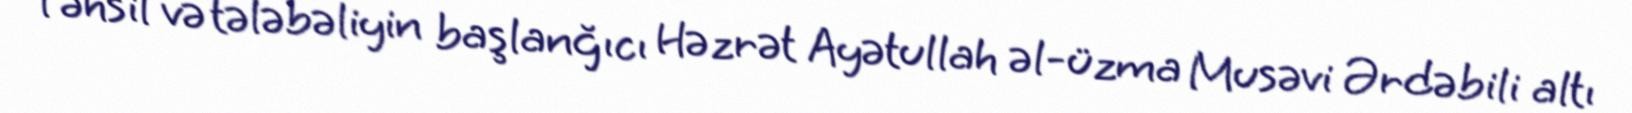
Təhsil və tələbəliyin başlanğıcı Həzrət Ayətullah əl-üzma Musəvi Ərdəbili altı